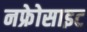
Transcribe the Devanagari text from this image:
नफ्रेोसाइट